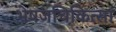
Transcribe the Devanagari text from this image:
भेषजचिकित्सा